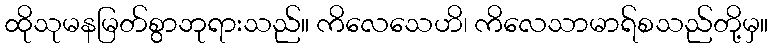
ထိုသုမနမြတ်စွာဘုရားသည်။ ကိလေသေဟိ၊ ကိလေသာမာရ်စသည်တို့မှ။